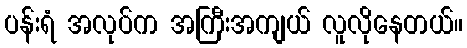
ပန်းရံ အလုပ်က အကြီးအကျယ် လူလိုနေတယ်။